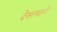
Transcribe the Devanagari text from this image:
देसायाने